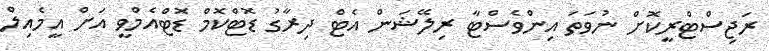
ރަޖިސްޓްރީކޮށް ނުވަތަ އިންވެސްޓާ ރިލޭޝަން އެޓް ދިރާގު ޑޮޓްކޮމް ޑޮޓްއެމްވީ އަށް އީމެއިލް